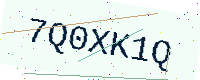
Text: 7Q0XK1Q